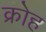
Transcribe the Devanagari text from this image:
क्रोह